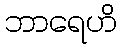
ဘာရေဟိ